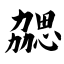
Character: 勰